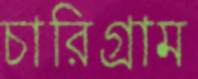
চারিগ্রাম